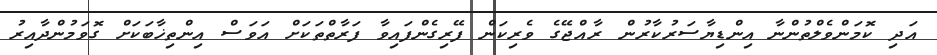
އަދި ކޮމަންވެލްތުންނާ އިންޑިޔާސަރުކާރުން ރާއްޖޭގެ ވެރިކަން ފޭރިގެންފައިވާ ފަރާތްތަކަށް އަވަސް އިންތިޚާބަކަށް ގޮވަމުންދާއިރު